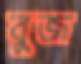
বুজ